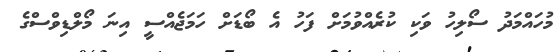
މުހައްމަދު ސޯލިހު ވަކި ކުރެއްވުމަށް ފަހު އެ ބޯޑަށް ހަމަޖެއްސީ އިނަ މޯލްޑިވްސްގެ